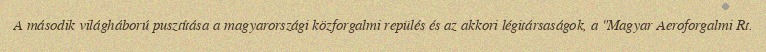
A második világháború pusztítása a magyarországi közforgalmi repülés és az akkori légitársaságok, a "Magyar Aeroforgalmi Rt.